Bréfritari: Einar Ásmundsson
Viðtakandi: Jón Borgfirðings Jónsson
Dagsetning: A-1861-03-19
Skrifað á: Nesi  S-Þing.

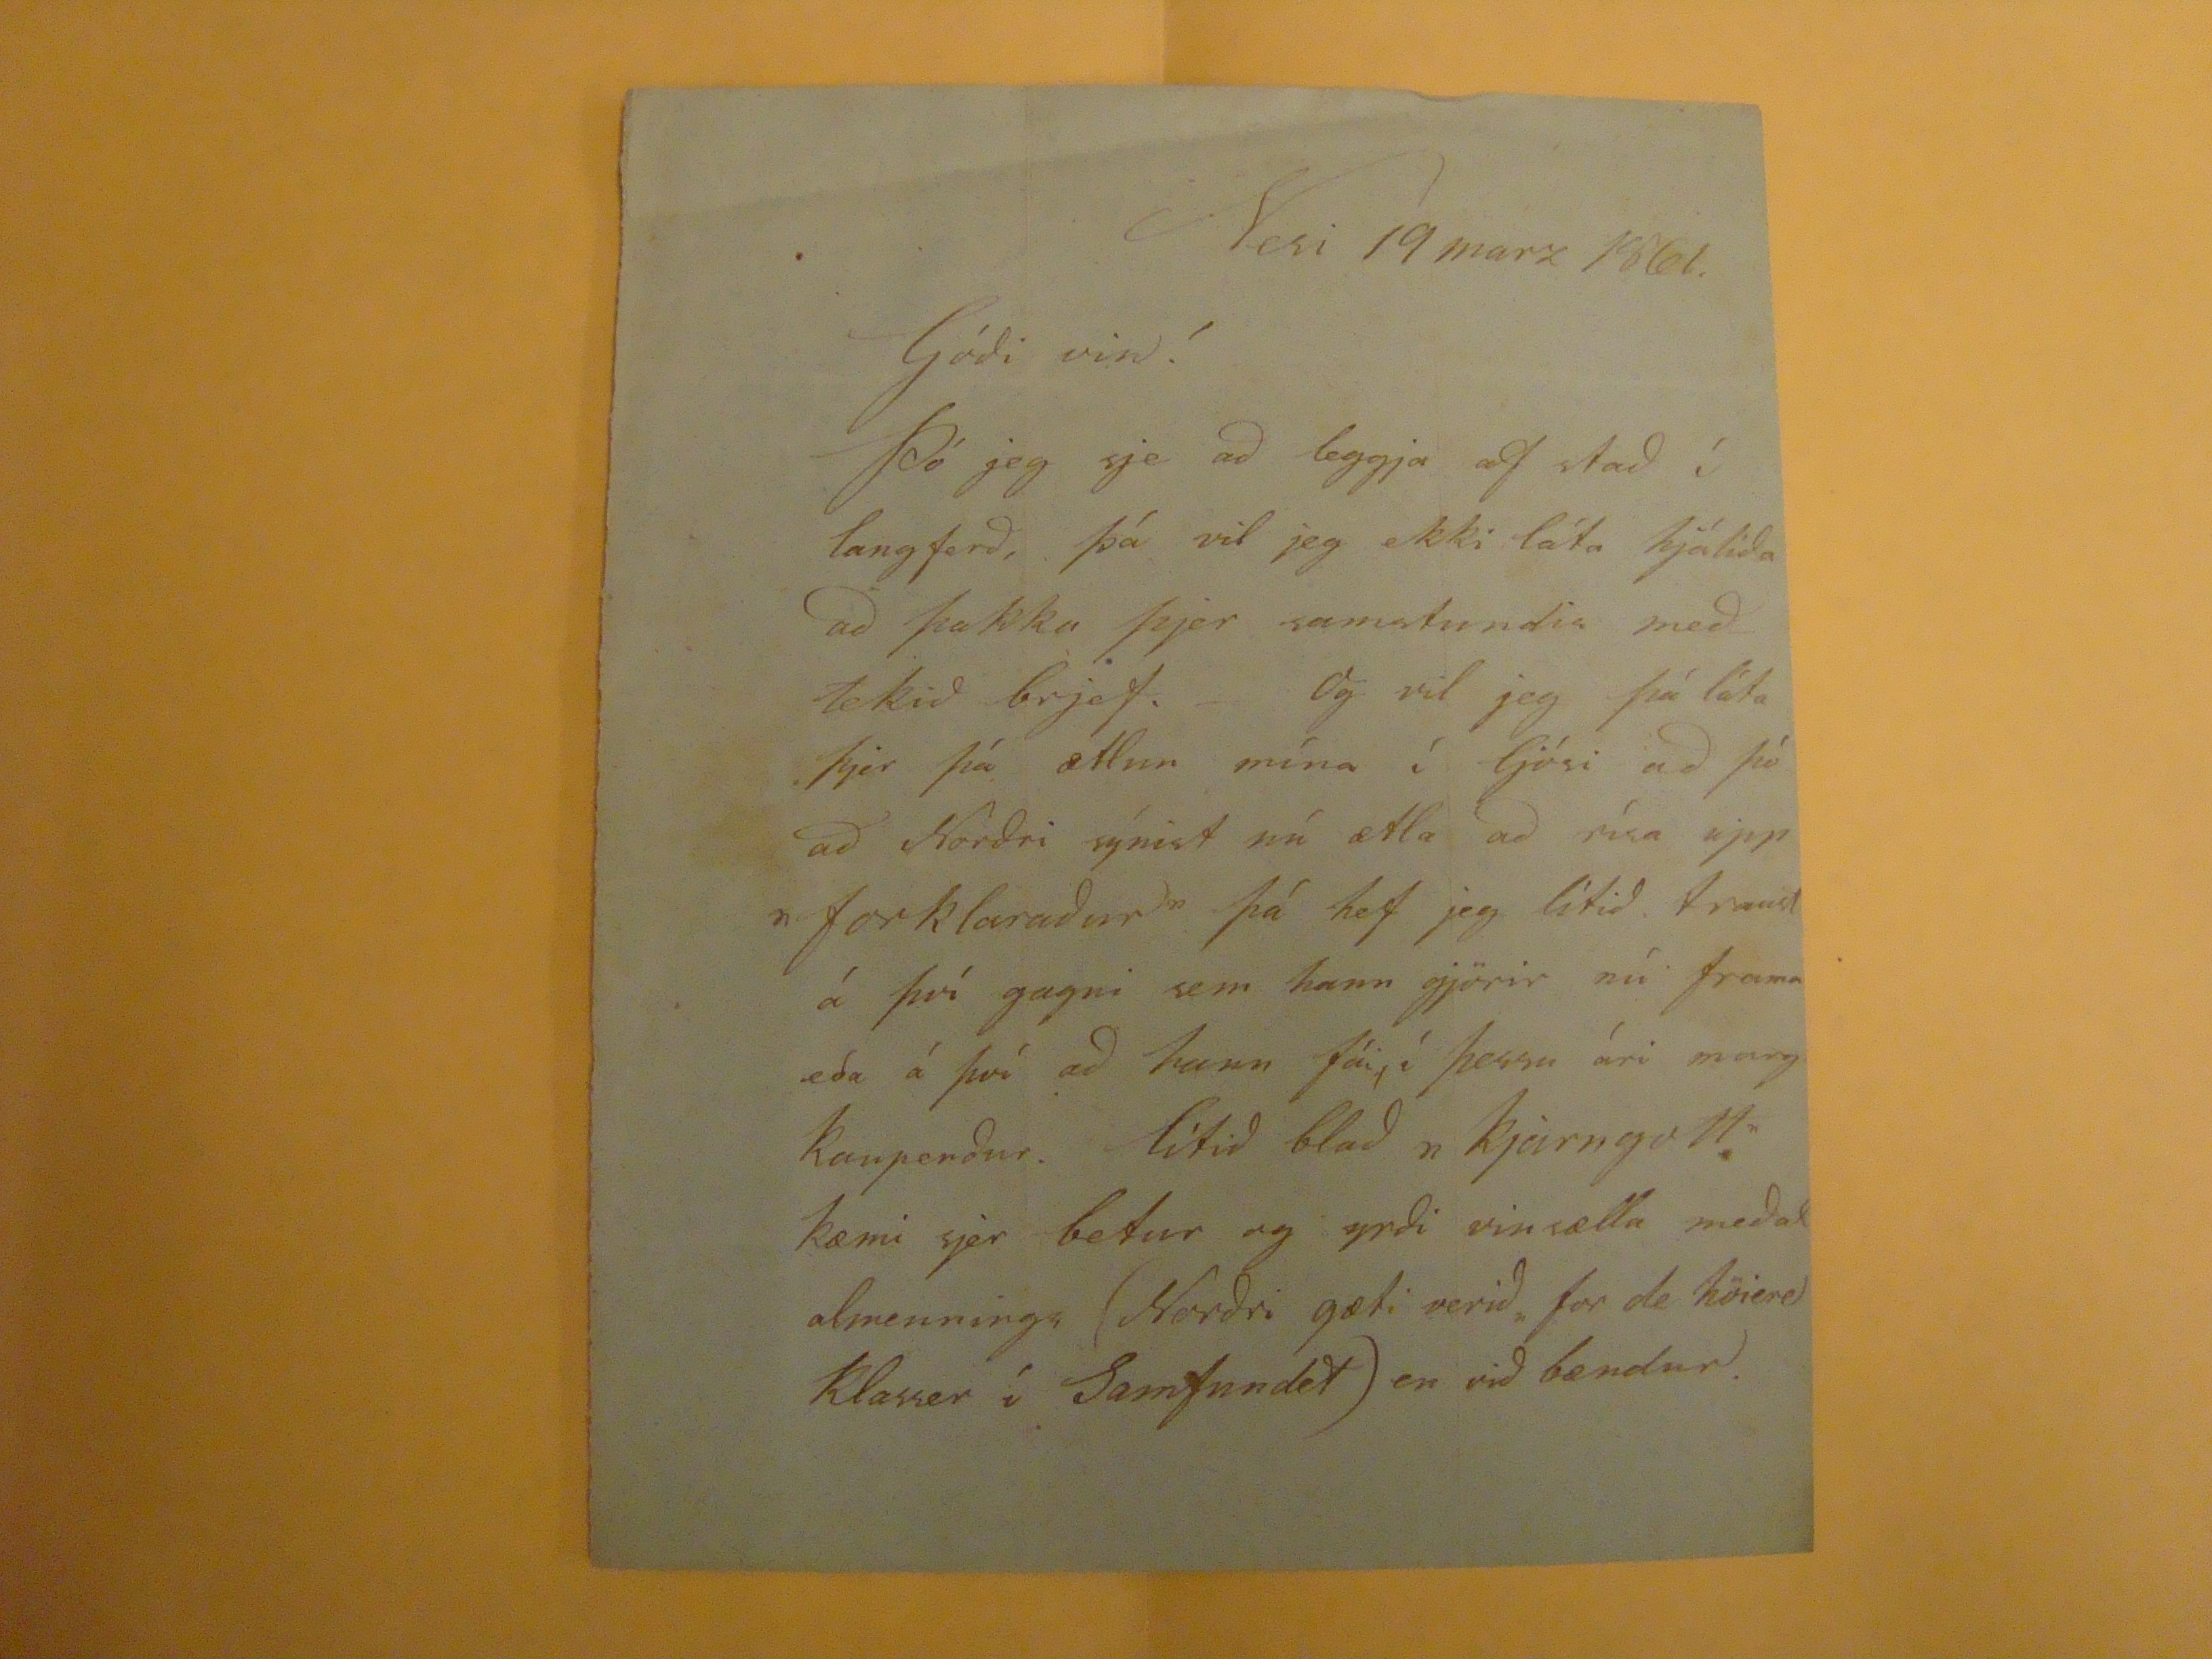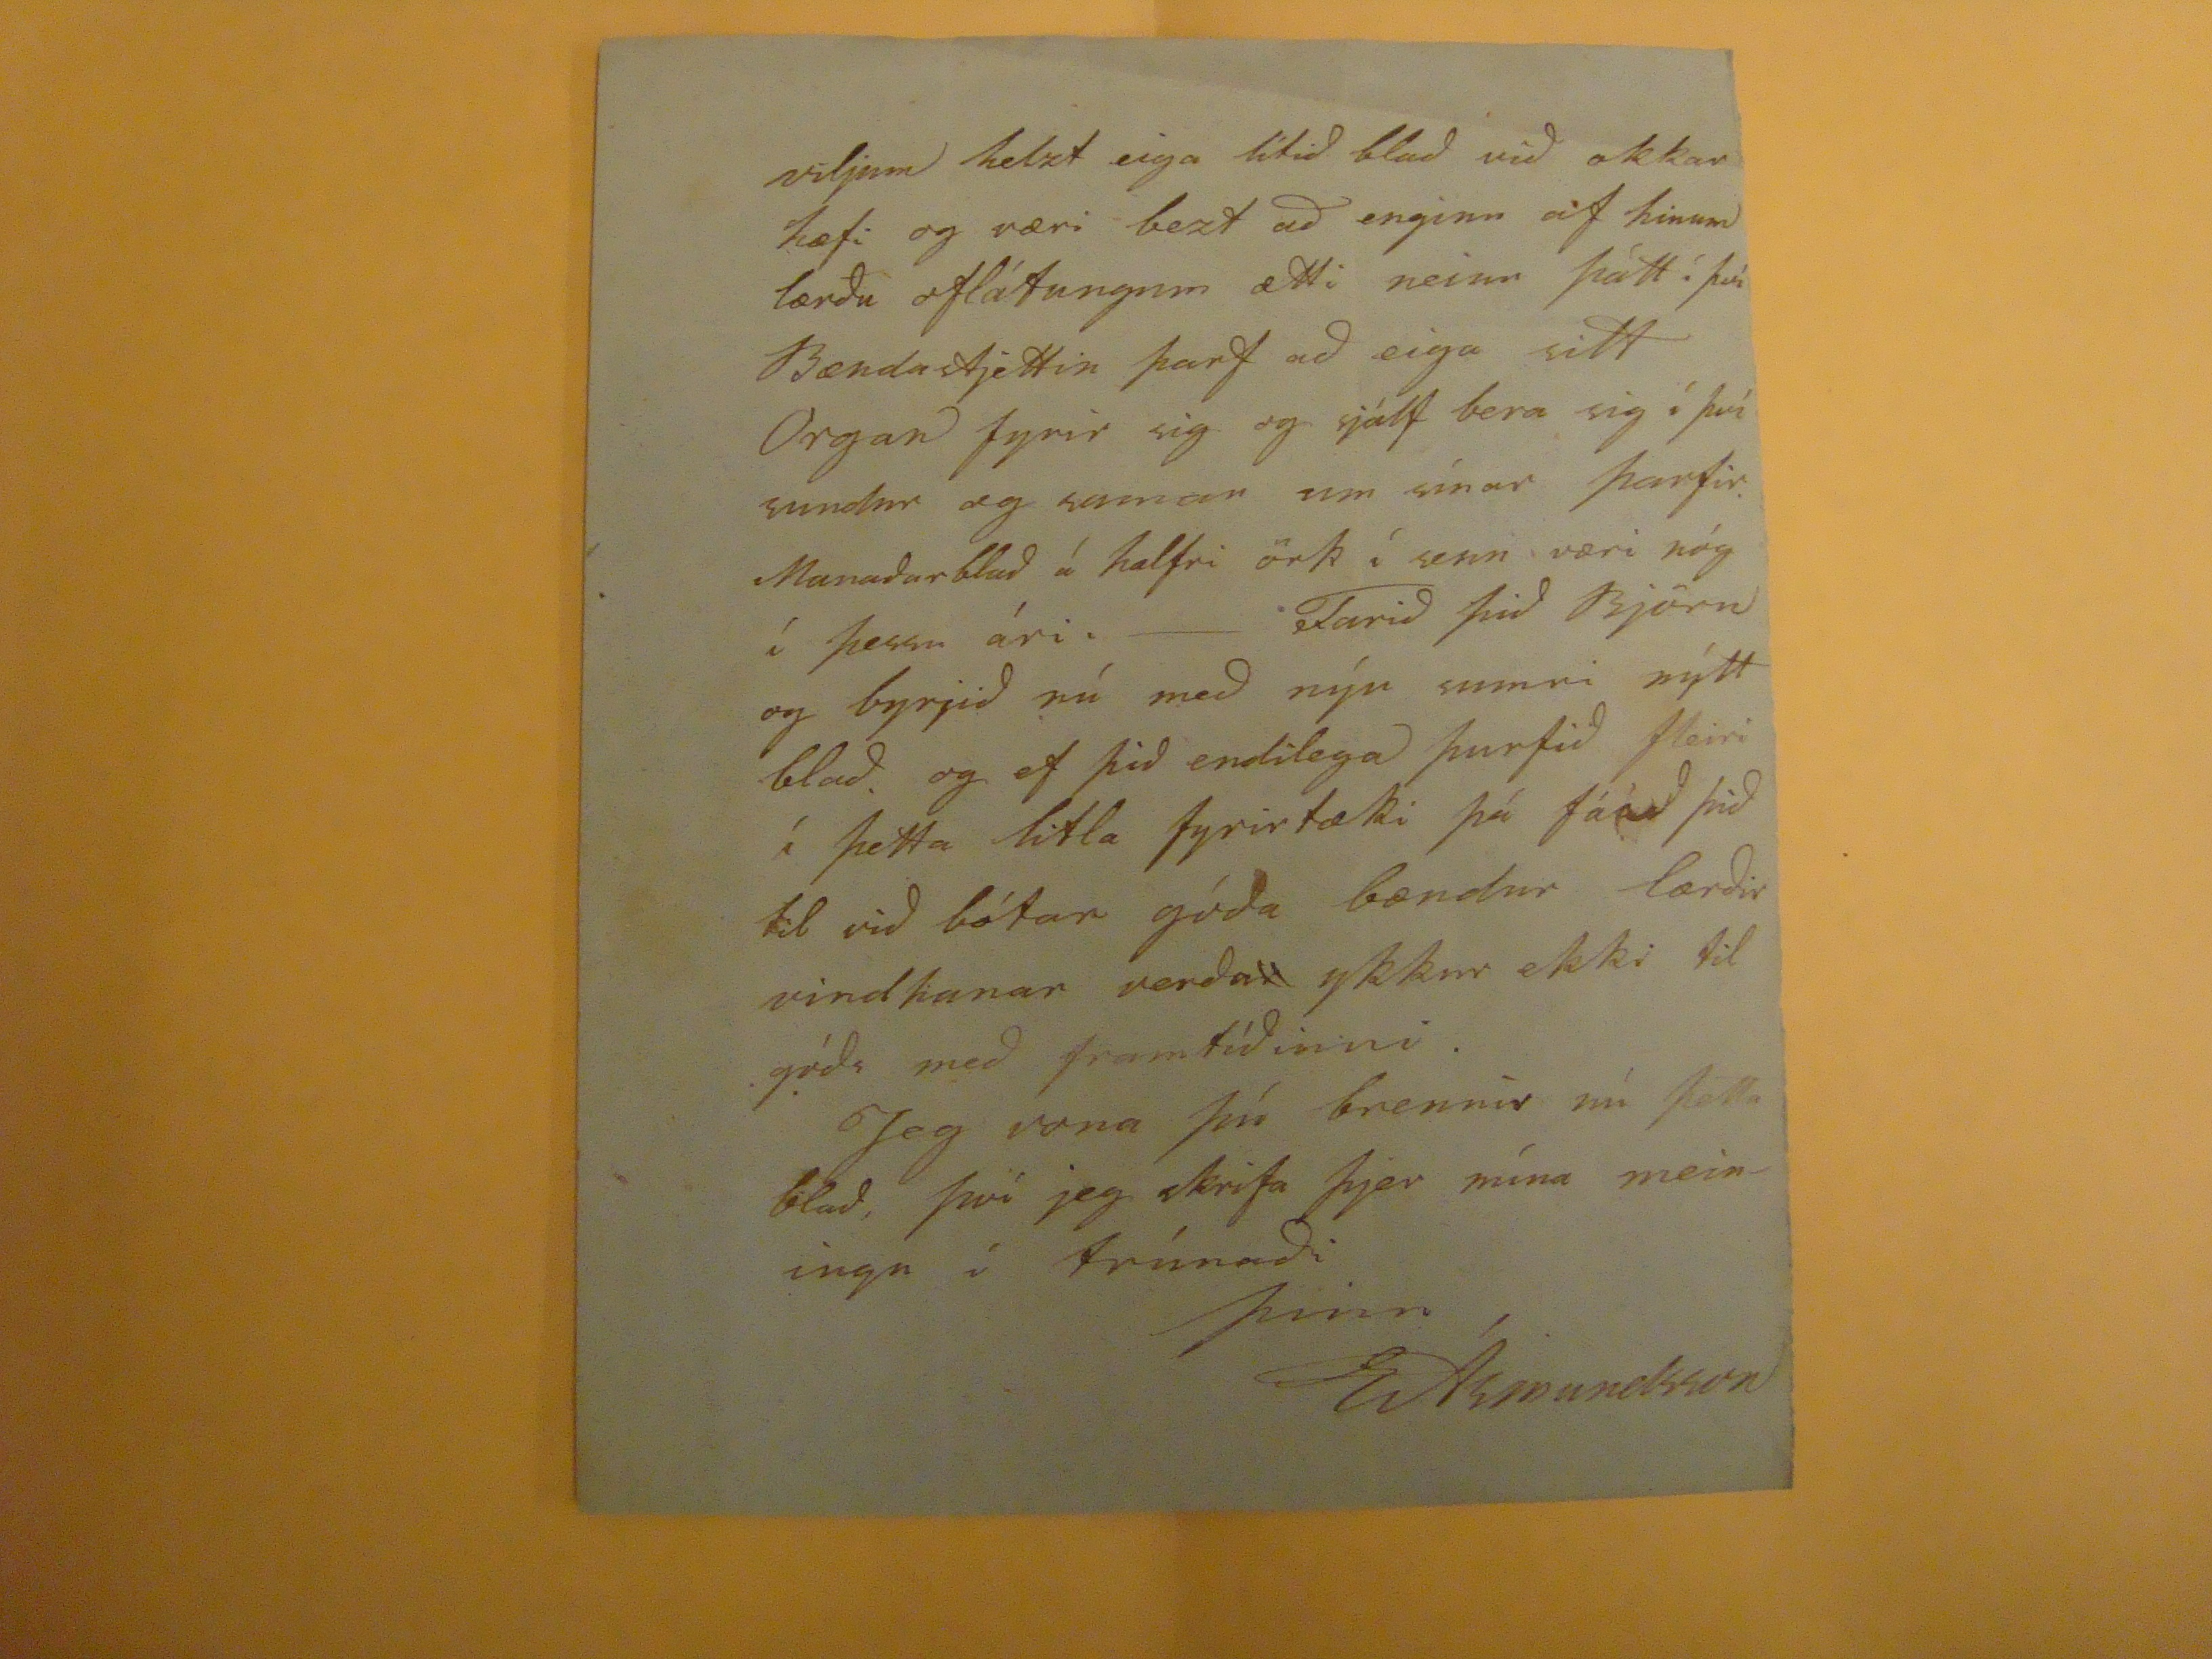

Nesi 19 marz 1861
Góði vin!
Þó jeg sje að leggja af stað í langferð, þá vil jeg ekki láta hjálíða að þakka þjer samstundis meðtekið brjef.- Og vil jeg þá láta þjer þá ætlun mína í ljósi að þó að Norðri sýnist nú ætla að rísa upp "forklaraður" þá hef jeg lítið traust á því gagni sem hann gjörir nú frama eða á því að hann fái, í þessu ári marg kaupendur. lítið blað "kjarngott" kæmi sjer betur og yrði vinsæla meðal almennings (Norðri gæti verið for de höiere klasser í samfundet) en við bændur.
viljum helzt eiga lítið blað við okkar hæfi og væri bezt að enginn af hinum lærðu oflátungum ætti neinn þátt í því Bændastjettin þarf að eiga sitt Organ fyrir sig og sjálf bera sig í því sundur og saman um sínar þarfir. Manaðarblað á halfri örk í senn væri nóg í þessu ári. - Farð þið Björn og byrjið nú með nýu sumri nýtt blað. og ef þið endilega þurfið fleiri í þetta litla fyrirtæki þá fáið þið til við bótar góða bændur lærðir vindhanar verða
r
ykkur ekki til góðs með framtíðinni. Jeg vona þú brennir nú þetta blað, því jeg skrifa þjer núna meiningar í trúnaði
þinn
EÁsmundsson